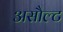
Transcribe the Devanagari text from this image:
असौल्ट